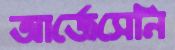
আর্জেসেনি